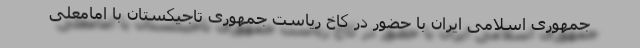
جمهوری اسلامی ایران با حضور در کاخ ریاست جمهوری تاجیکستان با امامعلی